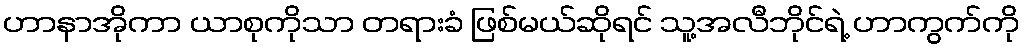
ဟာနာအိုကာ ယာစုကိုသာ တရားခံ ဖြစ်မယ်ဆိုရင် သူ့အလီဘိုင်ရဲ့ ဟာကွက်ကို